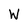
Character: W